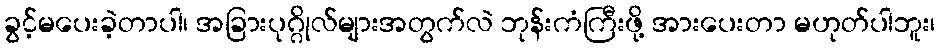
ခွင့်မပေးခဲ့တာပါ၊ အခြားပုဂ္ဂိုလ်များအတွက်လဲ ဘုန်းကံကြီးဖို့ အားပေးတာ မဟုတ်ပါဘူး၊